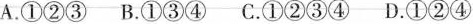
A.①②③B.①③④C.①②③④D.①②④